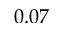
0 . 0 7